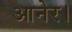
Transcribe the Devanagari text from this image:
आनेर।